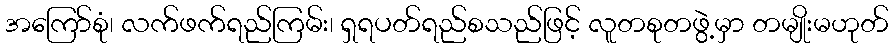
အကြော်စုံ၊ လက်ဖက်ရည်ကြမ်း၊ ရှရပတ်ရည်စသည်ဖြင့် လူတစုတဖွဲ့မှာ တမျိုးမဟုတ်